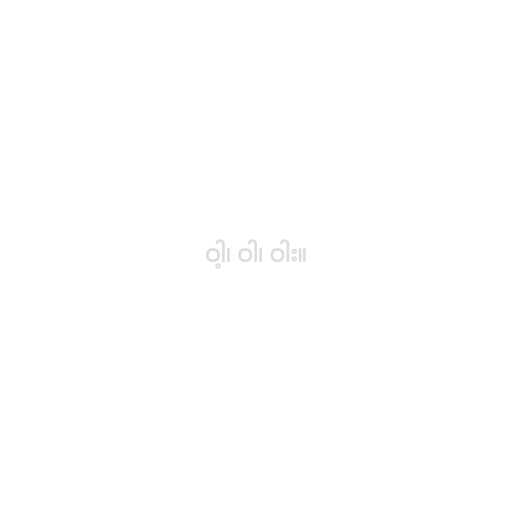
ဝါ့၊ ဝါ၊ ဝါး။